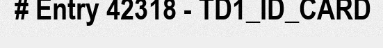
# Entry 42318 - TD1_ID_CARD